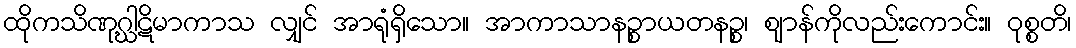
ထိုကသိဏုဂ္ဃါဋိမာကာသ လျှင် အာရုံရှိသော။ အာကာသာနဉ္စာယတနဉ္စ၊ ဈာန်ကိုလည်းကောင်း။ ဝုစ္စတိ၊